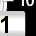
Digit: 1